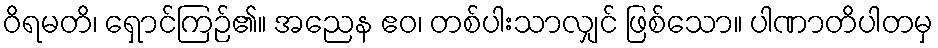
ဝိရမတိ၊ ရှောင်ကြဉ်၏။ အညေန ဧဝ၊ တစ်ပါးသာလျှင် ဖြစ်သော။ ပါဏာတိပါတမှ